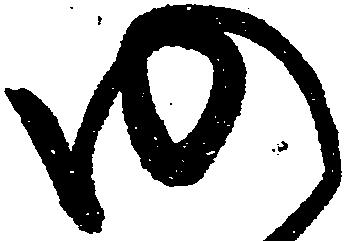
仍